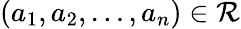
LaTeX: (a_{1},a_{2},\dots,a_{n})\in\mathcal{R}